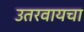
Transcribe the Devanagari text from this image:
उतरवायचा